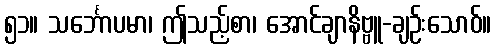
၅၁။ သင်္ဘောပမာ၊ ဤသည့်စာ၊ အောင်ချာနိဗ္ဗူ-ချဉ်းသောဝ်။